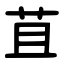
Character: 苴